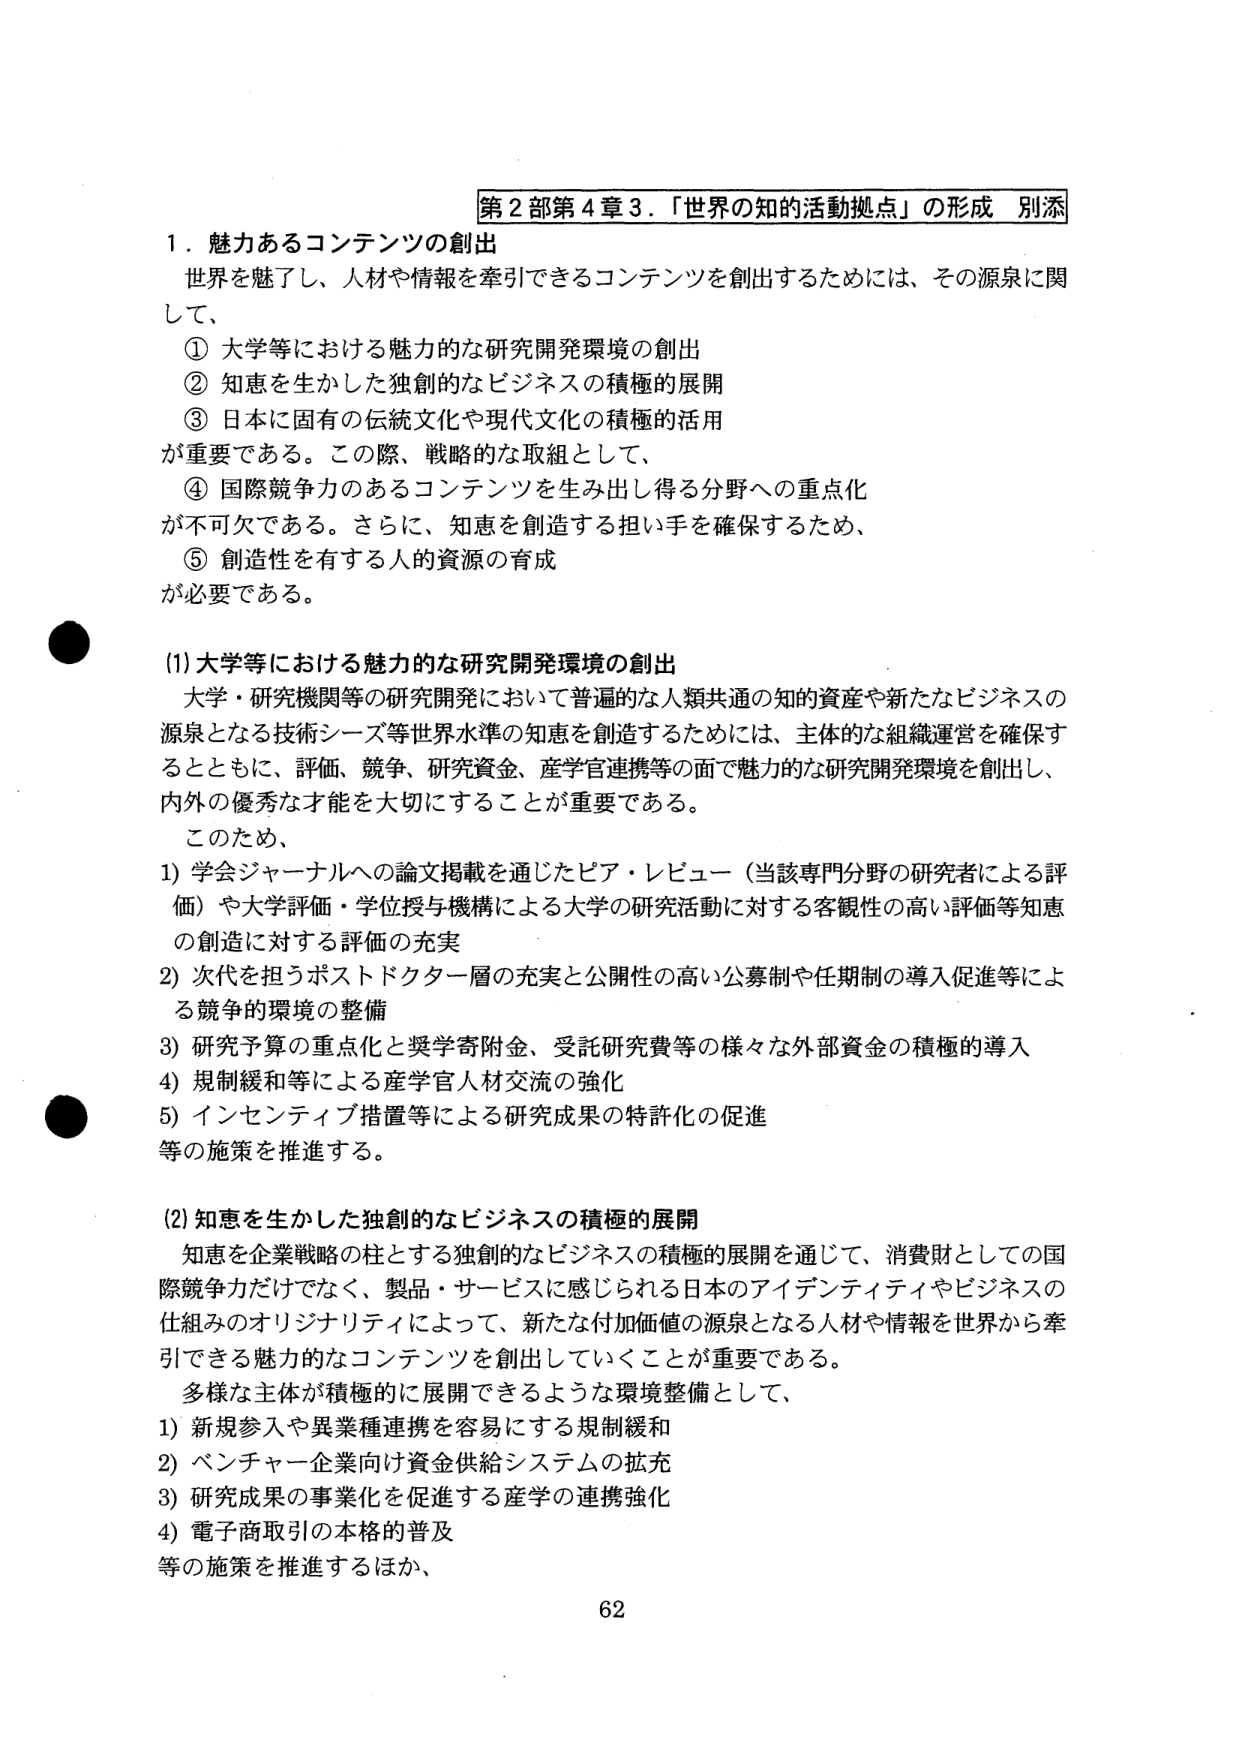
第２部第４章３．「世界の知的活動拠点」の形成 別添

１．魅力あるコンテンツの創出
世界を魅了し、人材や情報を牽引できるコンテンツを創出するためには、その源泉に関して、
① 大学等における魅力的な研究開発環境の創出
② 知恵を生かした独創的なビジネスの積極的展開
③ 日本に固有の伝統文化や現代文化の積極的活用
が重要である。この際、戦略的な取組として、
④ 国際競争力のあるコンテンツを生み出し得る分野への重点化
が不可欠である。さらに、知恵を創造する担い手を確保するため、
⑤ 創造性を有する人的資源の育成
が必要である。

(1)大学等における魅力的な研究開発環境の創出
大学・研究機関等の研究開発において普遍的な人類共通の知的資産や新たなビジネスの源泉となる技術シーズ等世界水準の知恵を創造するためには、主体的な組織運営を確保するとともに、評価、競争、研究資金、産学官連携等の面で魅力的な研究開発環境を創出し、内外の優秀な才能を大切にすることが重要である。
このため、
1) 学会ジャーナルへの論文掲載を通じたピア・レビュー（当該専門分野の研究者による評価）や大学評価・学位授与機構による大学の研究活動に対する客観性の高い評価等知恵の創造に対する評価の充実
2) 次代を担うポストドクター層の充実と公開性の高い公募制や任期制の導入促進等による競争的環境の整備
3) 研究予算の重点化と奨学寄附金、受託研究費等の様々な外部資金の積極的導入
4) 規制緩和等による産学官人材交流の強化
5) インセンティブ措置等による研究成果の特許化の促進
等の施策を推進する。

(2)知恵を生かした独創的なビジネスの積極的展開
知恵を企業戦略の柱とする独創的なビジネスの積極的展開を通じて、消費財としての国際競争力だけでなく、製品・サービスに感じられる日本のアイデンティティやビジネスの仕組みのオリジナリティによって、新たな付加価値の源泉となる人材や情報を世界から牽引できる魅力的なコンテンツを創出していくことが重要である。
多様な主体が積極的に展開できるような環境整備として、
1) 新規参入や異業種連携を容易にする規制緩和
2) ベンチャー企業向け資金供給システムの拡充
3) 研究成果の事業化を促進する産学の連携強化
4) 電子商取引の本格的普及
等の施策を推進するほか、

62